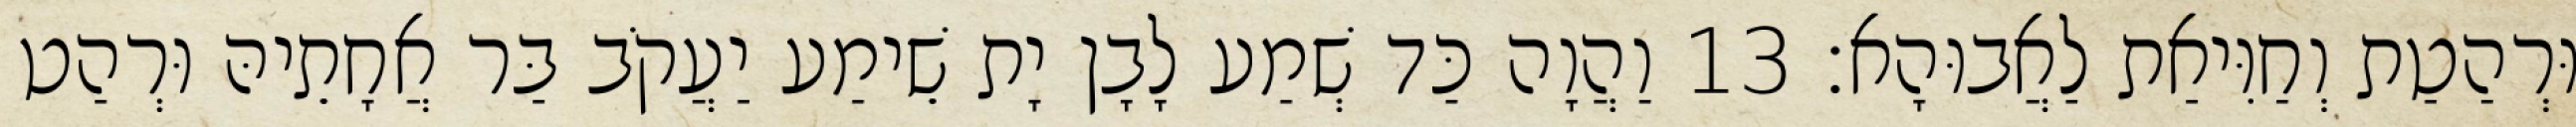
וּרְהַטַת וְחַוִּיאַת לַאֲבוּהָא׃ 13 וַהֲוָה כַּד שְׁמַע לָבָן יָת שֵׁימַע יַעֲקֹב בַּר אֲחָתֵיהּ וּרְהַט